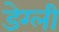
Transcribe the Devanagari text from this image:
डेग्ली